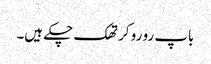
باپ رو رو کر تھک چکے ہیں۔